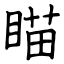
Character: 瞄